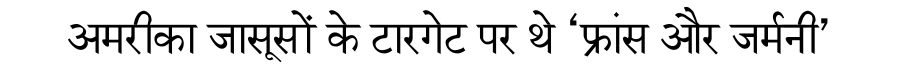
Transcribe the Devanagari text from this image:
अमरीका जासूसों के टारगेट पर थे ‘फ्रांस और जर्मनी’